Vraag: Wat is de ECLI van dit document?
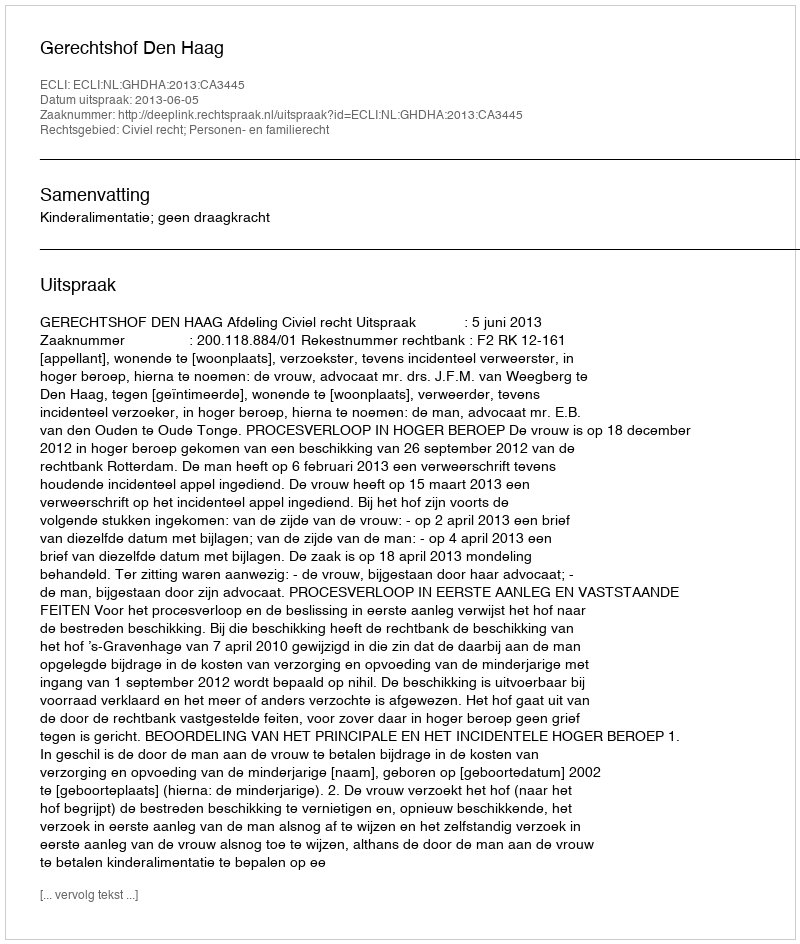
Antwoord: ECLI:NL:GHDHA:2013:CA3445